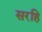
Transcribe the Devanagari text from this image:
सरहि